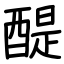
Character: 醍